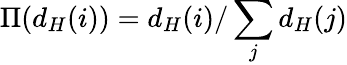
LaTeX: \Pi(d_{H}(i))=d_{H}(i)/\sum_{j}d_{H}(j)